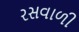
રસવાળી